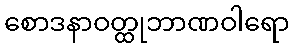
စောဒနာဝတ္ထုဘာဏဝါရော